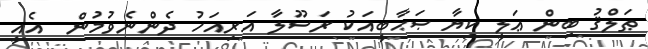
ޠަލްޤު ބިން ޢަލީ ކިޔާ ޞަޙާބީއަކު ރަސޫލާ އަރިއަހު ދެންނެވުމުން  އެއީ